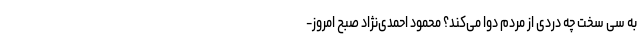
به سی سخت چه دردی از مردم دوا می‌کند؟ محمود احمدی‌نژاد صبح امروز-